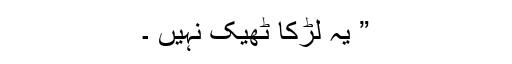
” یہ لڑکا ٹھیک نہیں ۔